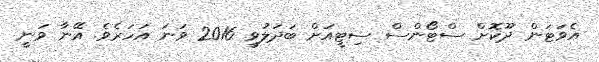
އެވަޓަން ދޫކޮށް ސްޓޯންސް ސިޓީއަށް ބަދަލުވީ 2016 ވަނަ އަހަރެވެ. އޭނާ ވަނީ